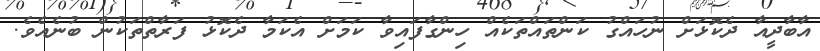
އާބާދީއާ ދެކޮޅަށް ނުހައްގު ކަންތައްތަކެއް ހިންގާފައިވާ ކަމަށް އެކަމާ ދެކޮޅު ފަރާތްތަކުން ބުނެއެވެ.